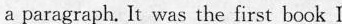
a paragraph. It was the first book I